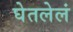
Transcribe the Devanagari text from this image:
घेतलेलं